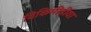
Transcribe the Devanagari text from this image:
विकिमीडीया